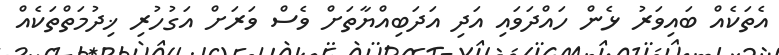
އެތަކެއް ބައިވަރު ޅެން ހައްދަވައި އަދި އަދަބިއްޔާތަށް ވެސް ވަރަށް އަގުހުރި ޚިދުމަތްތަކެއް